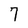
Character: 7